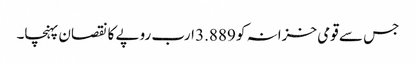
جس سے قومی خزانہ کو 3.889 ارب روپے کا نقصان پہنچا۔